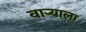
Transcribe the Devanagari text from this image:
वाऱ्याला